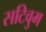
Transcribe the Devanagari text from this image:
सटिवुम